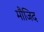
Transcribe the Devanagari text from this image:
मौजिद